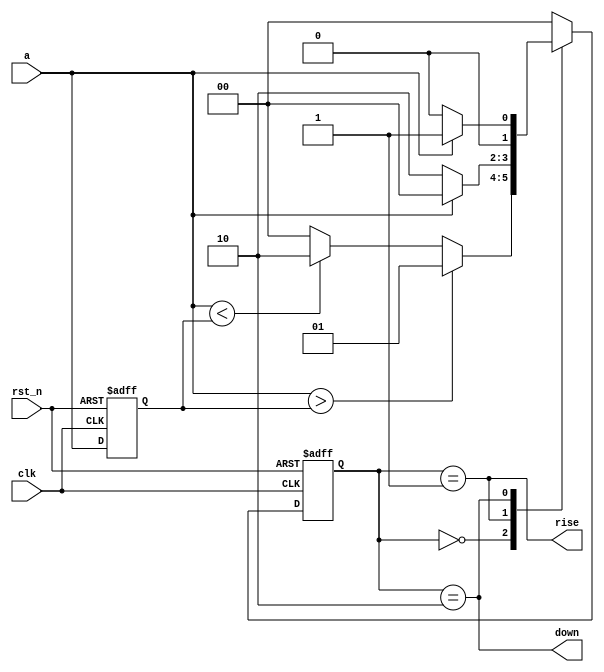
module Edge_detect (

            input clk,
            input rst_n,
            input a,

            output rise,
            output down

            );

reg [1:0] state, nstate;
reg a_temp;

parameter Check = 2'b00, Rse = 2'b01, Dow = 2'b10;

always @(state, a, a_temp)begin

       case (state)
           Check: nstate = (a > a_temp) ? Rse : ((a < a_temp) ? Dow : Check);
           Rse: nstate = a ? Check : Dow;
           Dow: nstate = a ? Rse : Check;
	   default: nstate = Check;
       endcase

end

always @(posedge clk, negedge rst_n)begin
      if (!rst_n)begin
           state <= Check;
      end
      else begin
           state <= nstate;
      end
end

always @(posedge clk, negedge rst_n)begin
      if (!rst_n)begin
	   a_temp <= 1'b0;
      end
      else begin
	   a_temp <= a;
      end
end

assign rise = (state == Rse);
assign down = (state == Dow);

endmodule